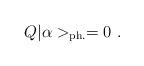
LaTeX: \begin{align*}Q | \alpha >_{{\rm ph.}} = 0~. \end{align*}